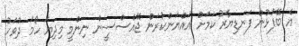
އެ ބޭފުޅުން ފަނޑިޔާރު ކަމަށް އައްޔަންކުރަން ޖޭއެސްސީން ނިންމީ މިދިޔަ ހޯމަ ދުވަހު